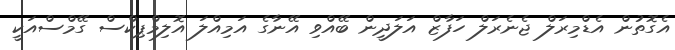
އެގޮތުން އެޑްމިރަލް ޖެނެރަލް ހަފާޒް އަލަދީން ބޭއްވި އޭނާގެ އަމިއްލަ އޮލިމްޕިކްސް ގޭމްސްއަކީ